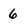
Character: 6